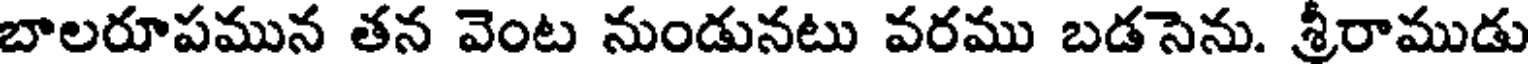
బాలరూపమున తన వెంట నుండునటు వరము బడసెను. శ్రీరాముడు